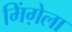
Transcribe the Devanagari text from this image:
मिंग़ेला